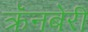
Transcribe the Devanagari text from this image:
क्रॅनबेरी